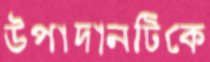
উপাদানটিকে